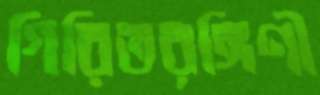
গিরিতরঙ্গিণী